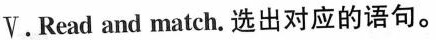
V.Read and match. 选出对应的语句。